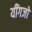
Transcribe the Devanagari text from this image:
यींगजो